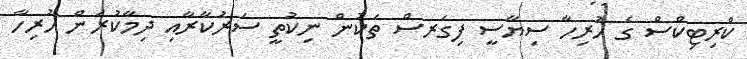
ކްރިޓިކްސް ގެ ހުރިހާ ސިޔާސީ ފިގަރސް ތަކުން ނިކުތީ ސަރުކާރާއި ދިމާކުރަން ހުރިހާ